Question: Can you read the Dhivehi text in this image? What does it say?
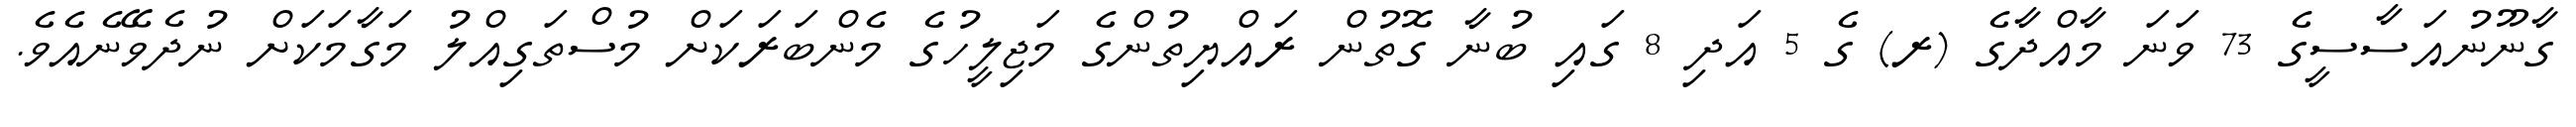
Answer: ގާނޫނުއަސާސީގެ 73 ވަނަ މާއްދާގެ (ރ) ގެ 5 އަދި 8 ގައި ބުނާ ގޮތުން ރައްޔިތުންގެ މަޖިލީހުގެ މެންބަރަކަށް މުސްތަގިއްލު މަގާމަކަށް ނުދެވޭނެއެވެ.